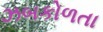
ઝબકોળતા